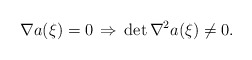
\begin{align*}\nabla a(\xi)=0\, \Rightarrow\, \det\nabla^2 a(\xi)\not=0. \end{align*}